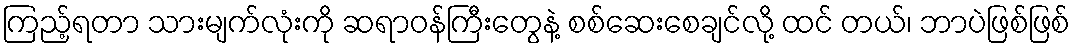
ကြည့်ရတာ သားမျက်လုံးကို ဆရာဝန်ကြီးတွေနဲ့ စစ်ဆေးစေချင်လို့ ထင် တယ်၊ ဘာပဲဖြစ်ဖြစ်